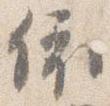
依